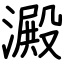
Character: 澱